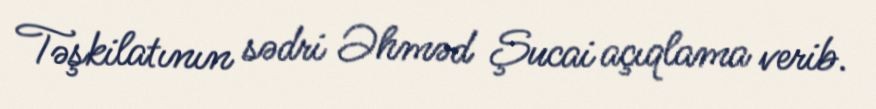
Təşkilatının sədri Əhməd Şucai açıqlama verib.